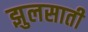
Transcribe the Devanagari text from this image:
झुलसाती